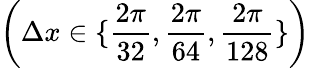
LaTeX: \left(\Delta x\in\{ \frac{2\pi}{32},\frac{2\pi}{64},\frac{2\pi}{128}\} \right)